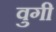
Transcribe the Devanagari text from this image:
वुगी